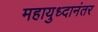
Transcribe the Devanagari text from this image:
महायुध्दानंतर